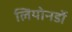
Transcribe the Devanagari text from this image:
लियोनर्डो